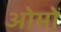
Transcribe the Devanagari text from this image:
ओमों